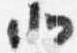
北